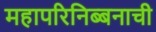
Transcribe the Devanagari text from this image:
महापरिनिब्बनाची